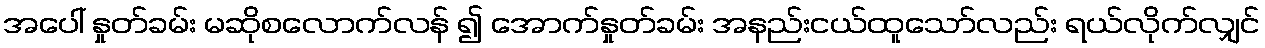
အပေါ် နှုတ်ခမ်း မဆိုစလောက်လန် ၍ အောက်နှုတ်ခမ်း အနည်းငယ်ထူသော်လည်း ရယ်လိုက်လျှင်